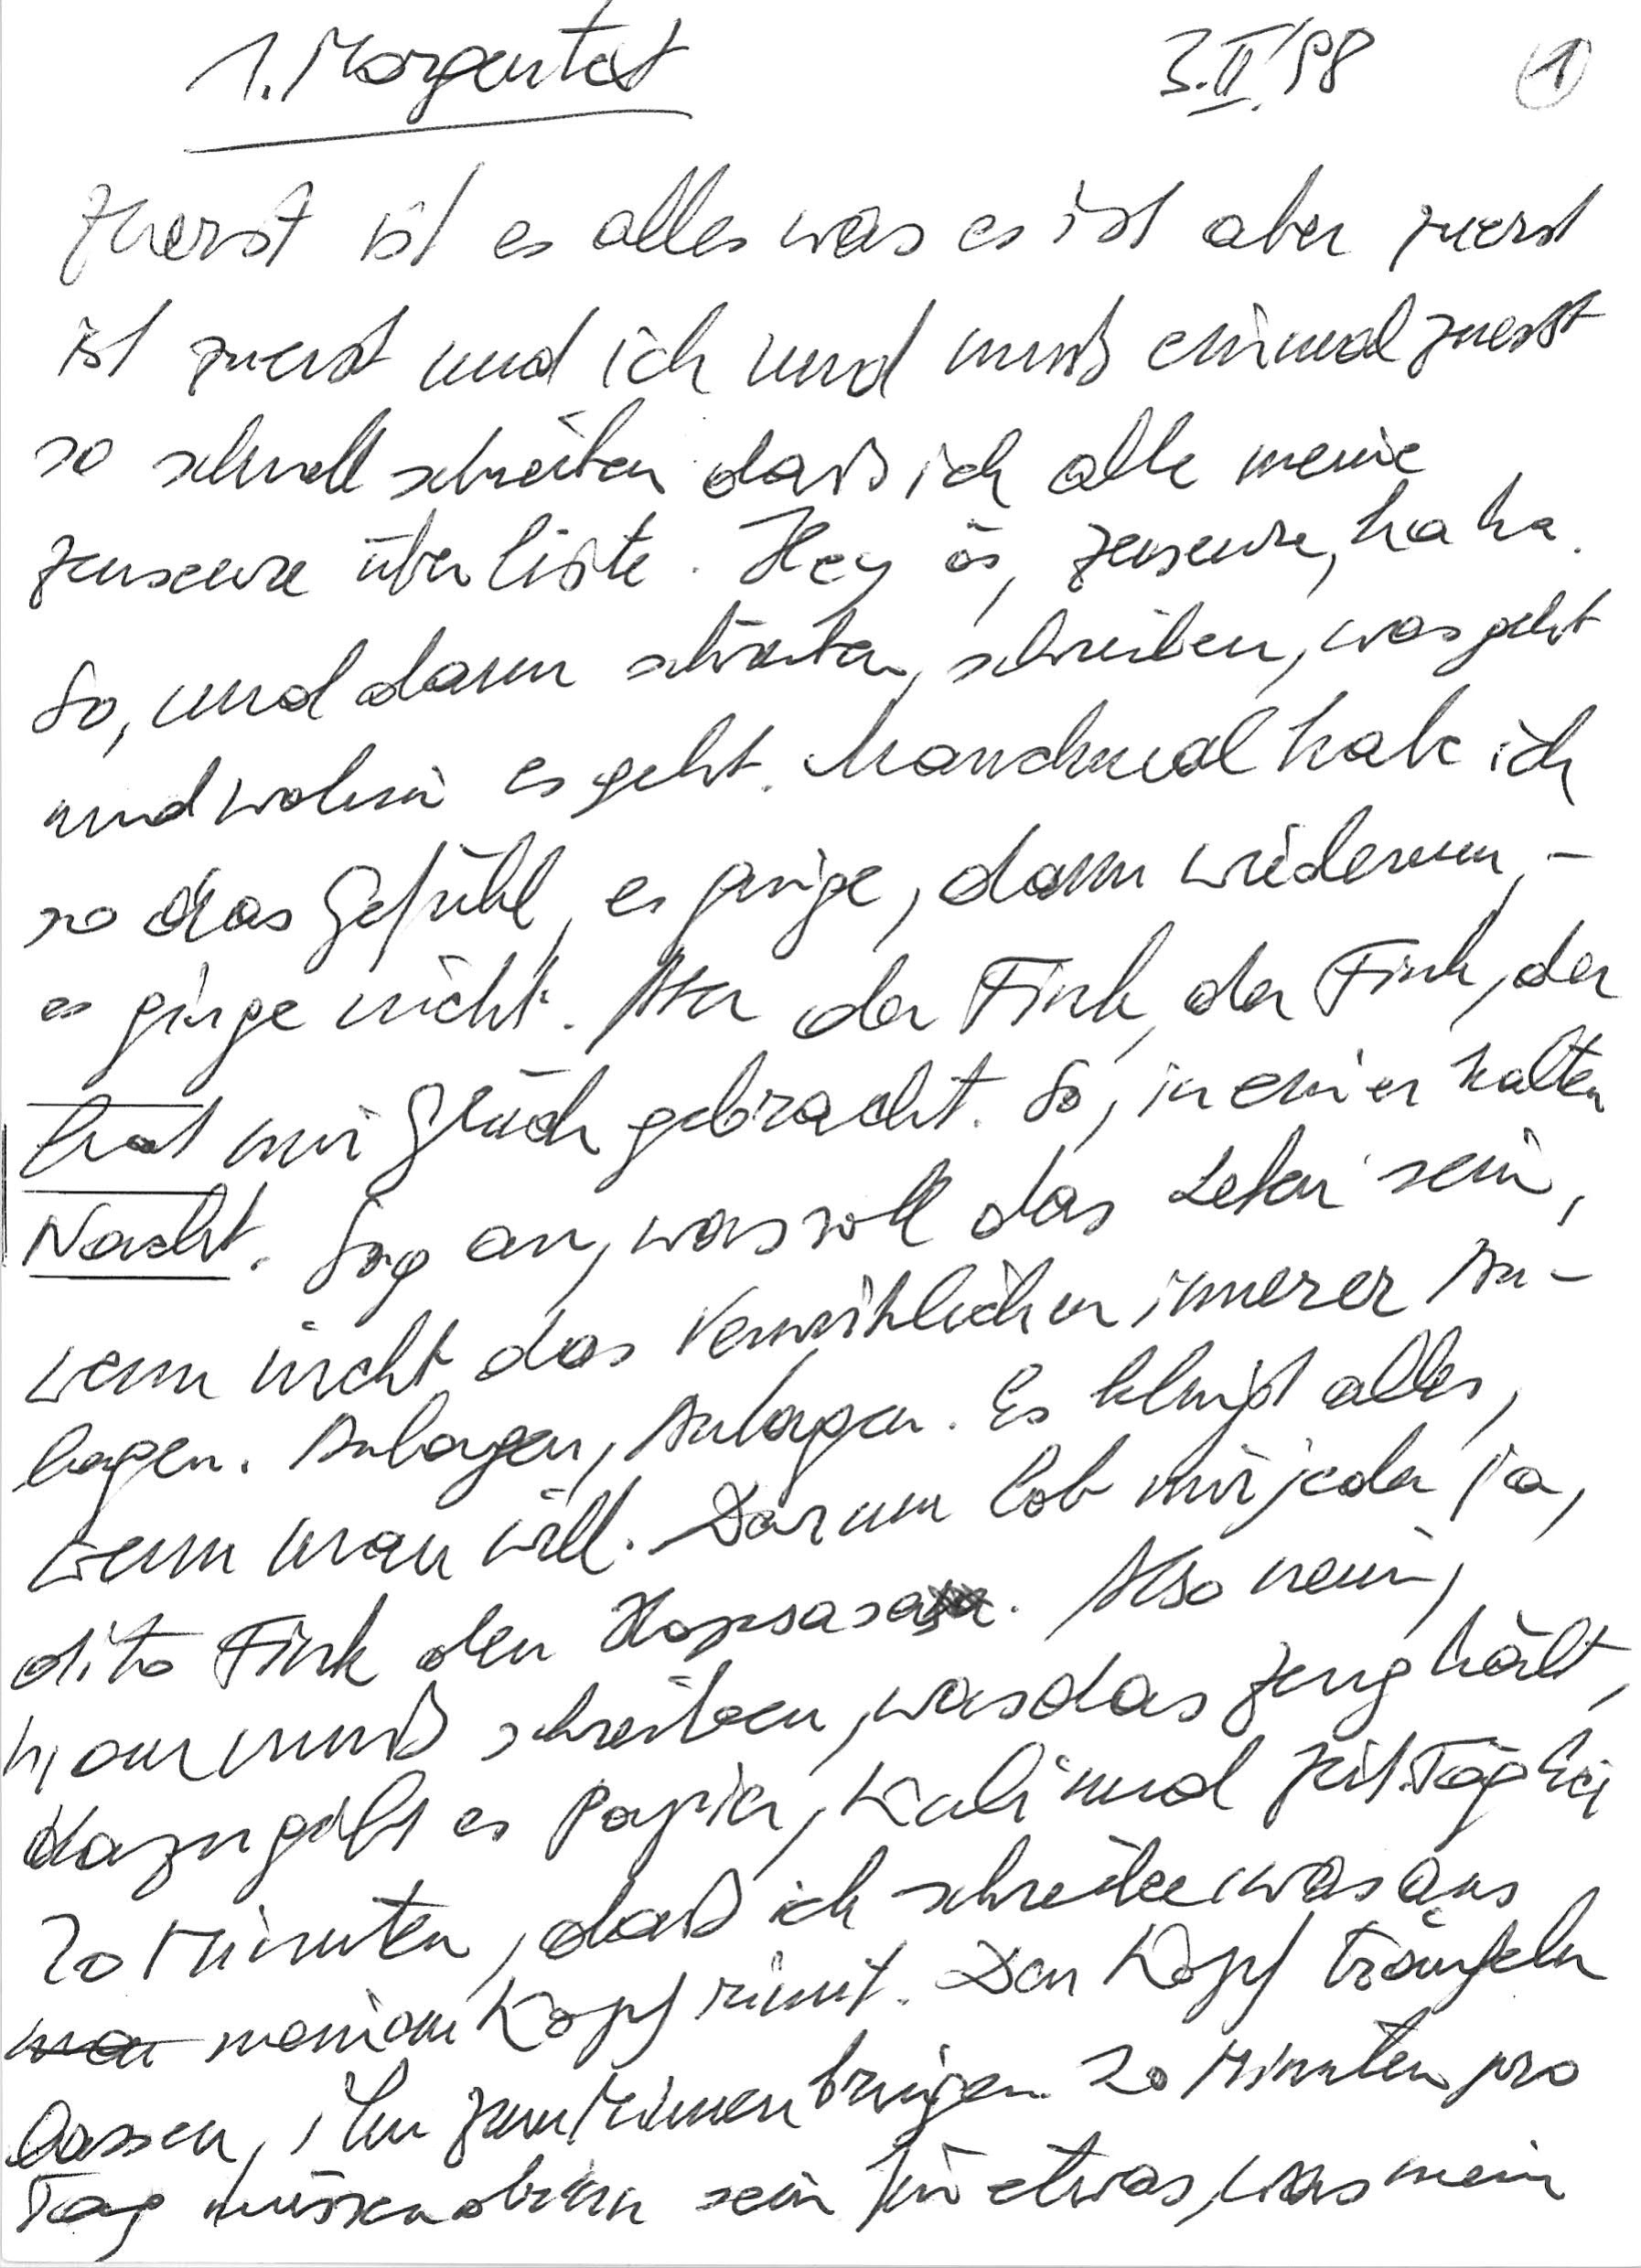
1.Morgentext 3. II. ‘98
Zuerst ist es alles was es ist aber zuerst
ist zuerst und ich und muß einmal zuerst
so schnell schreiben daß ich alle meine
Zenseure überliste. Hey ös, Zenseure, ha ha.
So, und dann schreiben, schreiben, was geht
und wohin es geht. Manchmal habe ich
so das Gefühl, es ginge, dann wiederum, -
es ginge nicht. Aber der Fink, der Fink, der
hat mir Glück gebracht. So, in einer kalten
Nacht. Sag an, was soll das Leben sein,
wenn nicht das Verwirklichen innerer An-
lagen. Anlagen, Anlagen. Es klingt alles,
wenn man will. Darum lob mir jeder ja,
dito Fink den Hopsasa. Also nein,
man muß schreiben, was das Zeug hält,
dazu gibt es Papier, Kuli und Zeit. Täglich
20 Minuten, daß ich schreibe, was aus
meinem Kopf rinnt. Den Kopf träufeln
lassen, ihn zum rinnen bringen. 20 Minuten pro
Tag müssen drinn sein für etwas, was mein